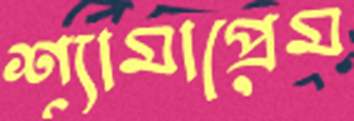
শ্যামাপ্রেম